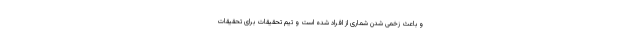
و باعث زخمی شدن شماری از افراد شده است و تیم تحقیقات برای تحقیقات